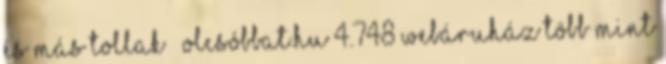
és más Tollak – Olcsóbbat.hu 4.748 webáruház több mint